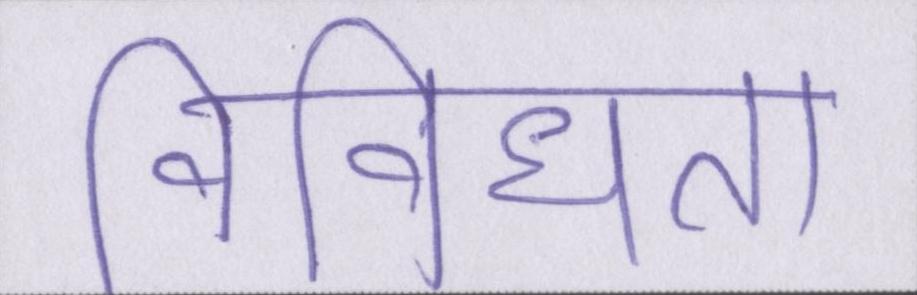
विविधता